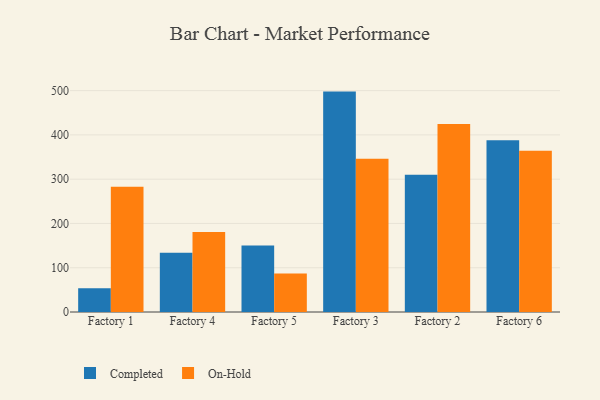
{"axis": {"x": "Factory", "y": "Shipments"}, "legend": ["Completed", "On-Hold"], "data": [{"x": "Factory 1", "y": 53.9, "type": "Completed"}, {"x": "Factory 1", "y": 282.7, "type": "On-Hold"}, {"x": "Factory 4", "y": 134.1, "type": "Completed"}, {"x": "Factory 4", "y": 180.5, "type": "On-Hold"}, {"x": "Factory 5", "y": 150.0, "type": "Completed"}, {"x": "Factory 5", "y": 87.2, "type": "On-Hold"}, {"x": "Factory 3", "y": 497.8, "type": "Completed"}, {"x": "Factory 3", "y": 346.1, "type": "On-Hold"}, {"x": "Factory 2", "y": 310.1, "type": "Completed"}, {"x": "Factory 2", "y": 424.6, "type": "On-Hold"}, {"x": "Factory 6", "y": 387.8, "type": "Completed"}, {"x": "Factory 6", "y": 364.0, "type": "On-Hold"}]}